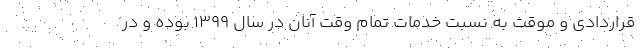
قراردادی و موقت به نسبت خدمات تمام وقت آنان در سال ۱۳۹۹ بوده و در